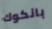
بانكوك